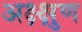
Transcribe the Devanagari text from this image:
अक्ष्क्षुण